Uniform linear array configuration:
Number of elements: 16
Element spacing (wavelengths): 0.5
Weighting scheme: binomial
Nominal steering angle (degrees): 15
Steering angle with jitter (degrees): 14.919
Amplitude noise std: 0.05
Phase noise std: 0.05

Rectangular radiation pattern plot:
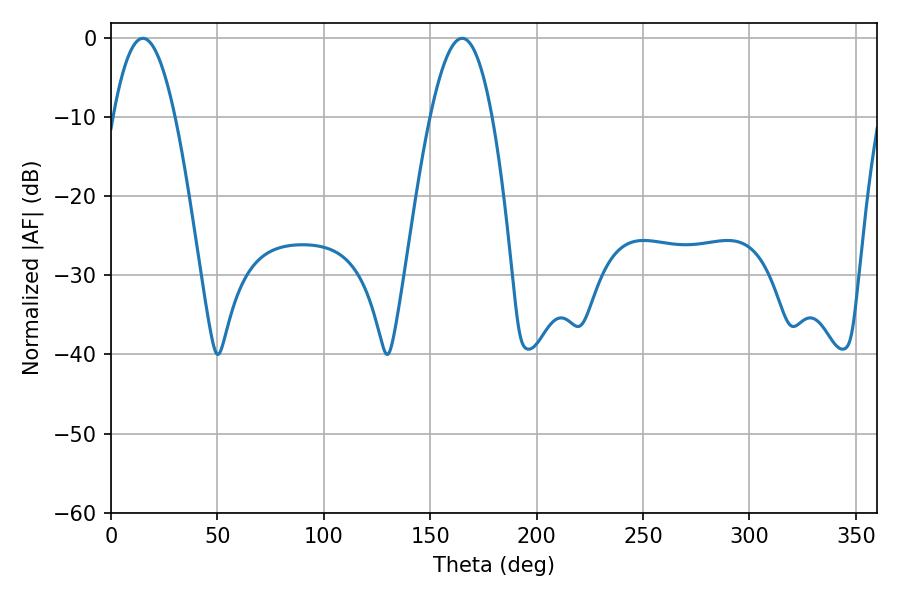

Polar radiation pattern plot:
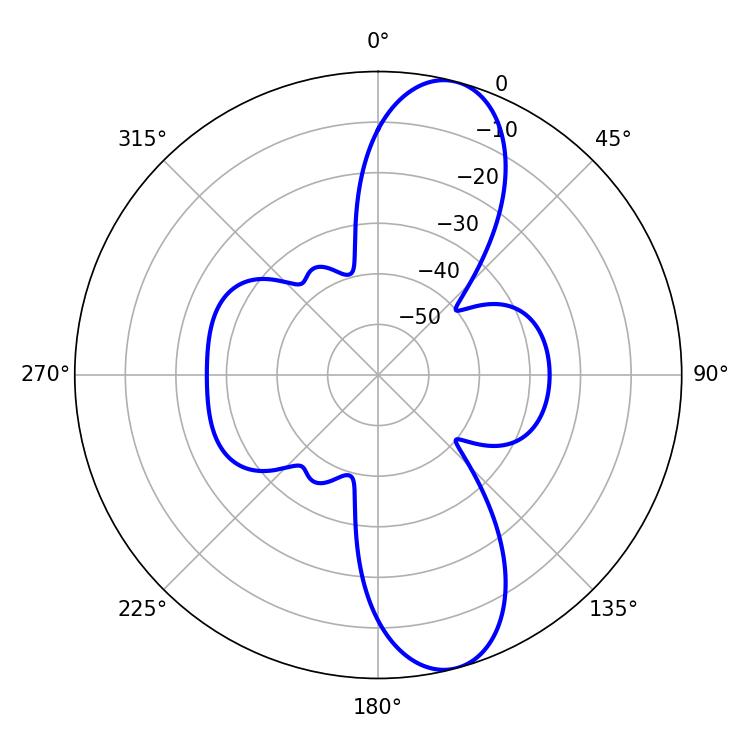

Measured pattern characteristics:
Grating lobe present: FALSE
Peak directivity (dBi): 11.096
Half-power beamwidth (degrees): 15.84
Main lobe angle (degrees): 165.06